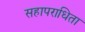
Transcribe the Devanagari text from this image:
सहापराधिता